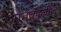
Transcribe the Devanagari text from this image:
गतकाळील